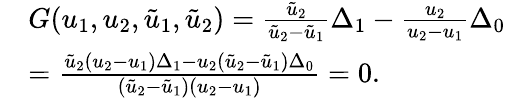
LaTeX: \begin{array}{rl}&{G(u_{1},u_{2},\tilde{u}_{1},\tilde{u}_{2})=\frac{\tilde{u}_{2}}{\tilde{u}_{2}-\tilde{u}_{1}}\Delta_{1}-\frac{u_{2}}{u_{2}-u_{1}}\Delta_{0}}\\ &{=\frac{\tilde{u}_{2}(u_{2}-u_{1})\Delta_{1}-u_{2}(\tilde{u}_{2}-\tilde{u}_{1})\Delta_{0}}{(\tilde{u}_{2}-\tilde{u}_{1})(u_{2}-u_{1})}=0.}\end{array}